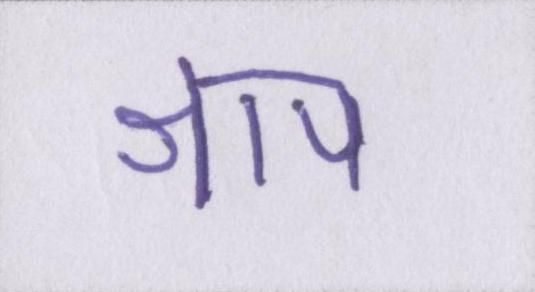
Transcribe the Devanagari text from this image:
श्राप